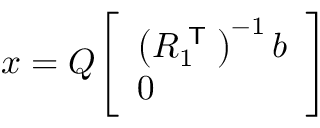
x = Q { \left[ \begin{array} { l } { \left( R _ { 1 } ^ { \textsf { T } } \right) ^ { - 1 } b } \\ { 0 } \end{array} \right] }